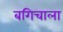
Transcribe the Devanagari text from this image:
बगिचाला